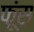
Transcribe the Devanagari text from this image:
फूंस